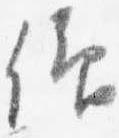
仰